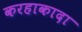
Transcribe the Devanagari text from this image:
करहाकादा